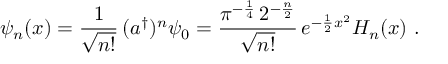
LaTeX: \psi _ { n } ( x ) = \frac 1 { \sqrt { n ! } } \, ( a ^ { \dag } ) ^ { n } \psi _ { 0 } = \frac { \pi ^ { - \frac { 1 } { 4 } } \, 2 ^ { - \frac { n } { 2 } } } { \sqrt { n ! } } \, e ^ { - \frac { 1 } { 2 } x ^ { 2 } } H _ { n } ( x ) \ .